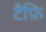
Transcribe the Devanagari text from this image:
टैफ़ि